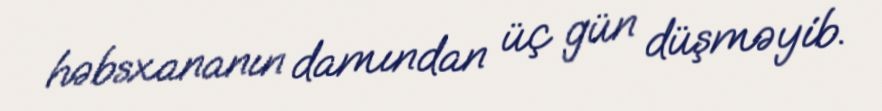
həbsxananın damından üç gün düşməyib.